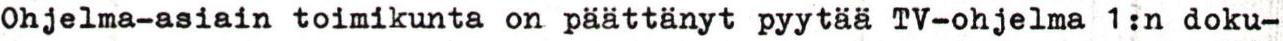
Ohjelma-asiain toimikunta on päättänyt pyytää TV-ohjelma 1:n doku-